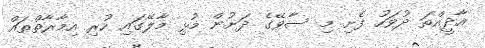
އާދީއްތަ ދުވަހު ފެށި މި ސާވޭގެ ދަށުން މުޅި މާލޭގައި ހުރި އިމާރާތްތައް